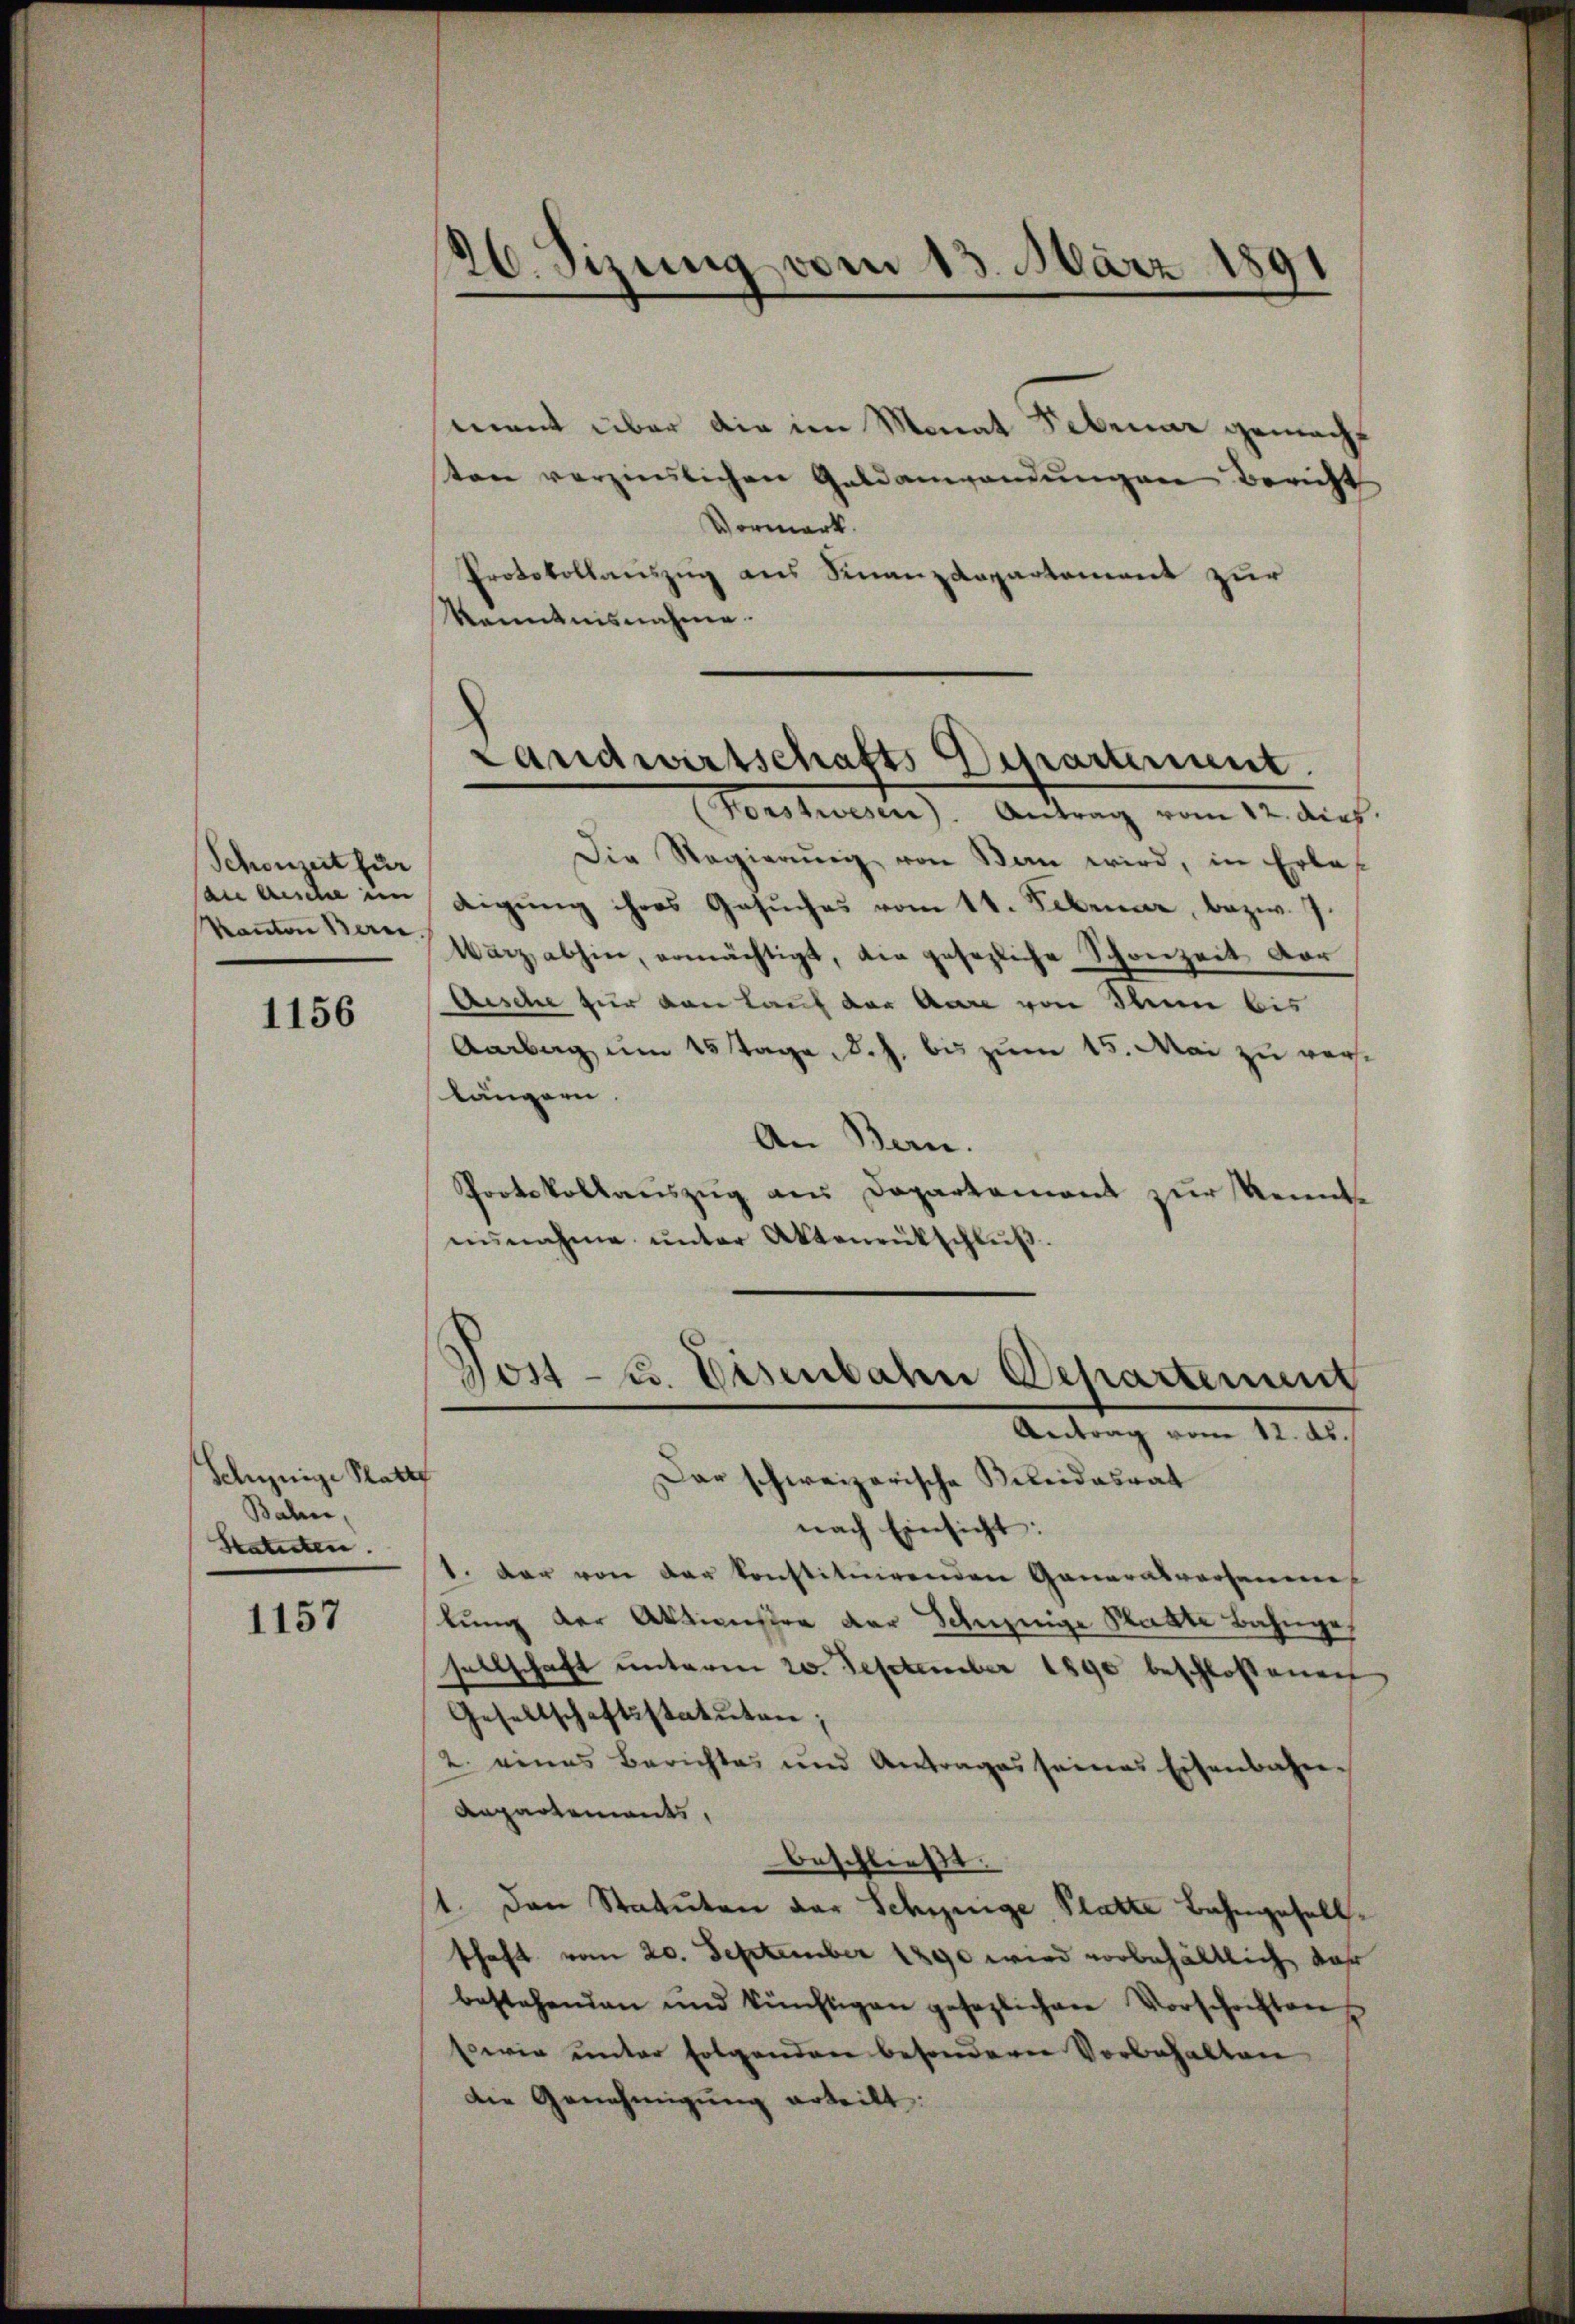
Schonzeit für
an die im
kanton Bern.

1156

Schynige Statt
Bahn,
Statuten.

1157

26. Sizung vom 13. März 1891

mant über die im Monat Februar gemacht
ten verziemlichen Geldanwendŭngen Bericht
Vormerk.
Protokollauszug aus Finanzdepartement zur
kenntnisnahme.

Landwirtschafts Departement
—

Jos - u. Eisenbahn Departenung
Antrag vom 12. ds.

(Forstwesen). Antrag vom 12. dich.
Die Regierŭng von Man wird, in Erlas
digŭng ihres Gesŭches vom 11. Februar, bezw. 7.
Warz abhin, ermächtigt, die gesezliche Schonzeit vor
Aesche für von Lauf der Aare von Ihnen bis
Aarburg um 15 Tage, d. J. bis zum 15. Mai zu verse
längern.
An Bern.
Protokollauszug aus Departement zur Kenntnisnahme ŭnter Aktenrütschlŭβ.
Dar schweizerische Beleidesrat
nach Einsicht:
1. dar von der konstituirenden Ganarasversamme
lung der Aktienstra der Schinige Statte Bahnge
sellschaft unterm 20. September 1890 beschlossenen
Gesellschaftsstatuten;
2. eines Berichtes und Antrages seines Eisenbahn¬
Anpartements,
beschließt:
1. den Statuten der Schweige Platze Bahngesellschaft vom 20. September 1890 wird vorbehältlich vor
bestehenden und künftigen gesezlichen Vorschriften,
sowie unter Folgenden besonderer Vorbehalten
Die Genehmigŭng erteilt: